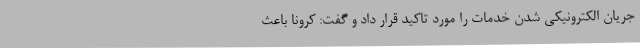
جریان الکترونیکی شدن خدمات را مورد تاکید قرار داد و گفت: کرونا باعث